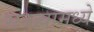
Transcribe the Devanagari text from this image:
सज्ज्यामध्ये